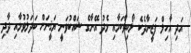
އަދި އާހިލް ފަޒީނާދެކެ ލޯބިވާކަމާއި މެދު އޭނާގެ ޝައްކުވަނީ ޔަޤީނަށް ބަދަލުވުމާއި ދާދި